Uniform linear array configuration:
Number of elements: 64
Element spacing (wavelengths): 0.25
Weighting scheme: blackman
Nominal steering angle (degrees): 30
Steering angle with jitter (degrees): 28.94
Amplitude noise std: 0.05
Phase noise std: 0.05

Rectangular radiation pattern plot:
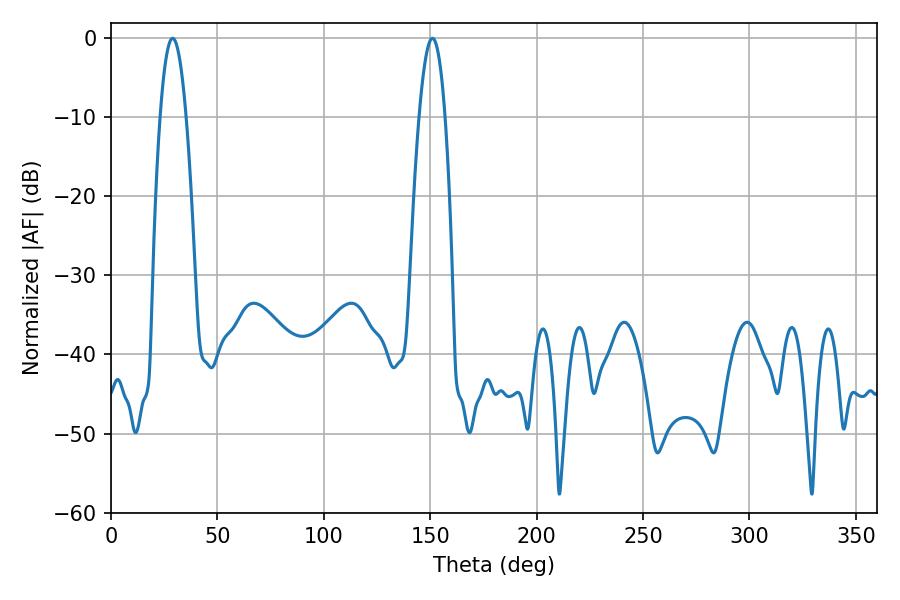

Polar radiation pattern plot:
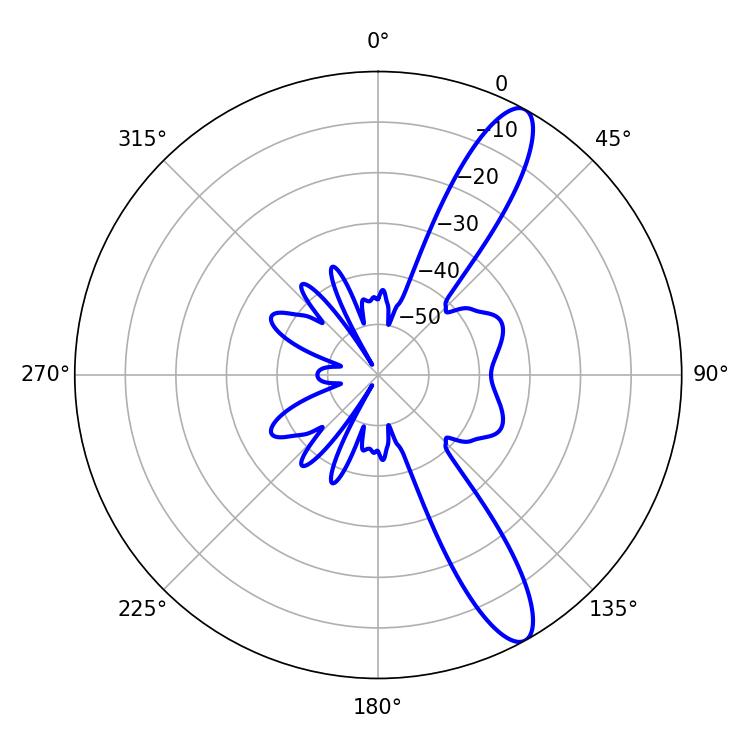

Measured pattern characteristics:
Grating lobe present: FALSE
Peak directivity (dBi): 12.11
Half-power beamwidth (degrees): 6.66
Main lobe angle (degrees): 28.98